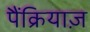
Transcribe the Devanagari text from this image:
पैंक्रियाज़